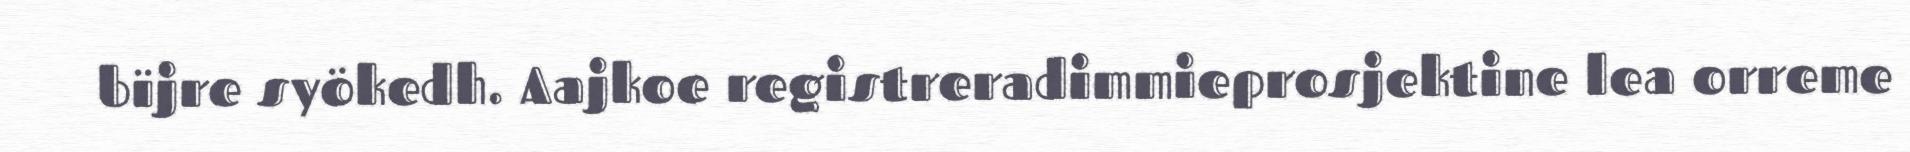
bïjre syökedh. Aajkoe registreradimmieprosjektine lea orreme